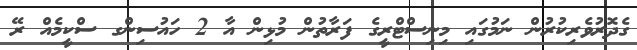
ގެދޮރުވެރިކުރުން ނަމުގައި މިނިސްޓްރީގެ ފަރާތުން މުޅިން އާ 2 ހައުސިންގ ސްކީމެއް ރޭ